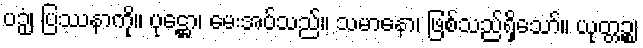
ပဉှံ၊ ပြဿနာကို။ ပုဋ္ဌော၊ မေးအပ်သည်။ သမာနော၊ ဖြစ်သည်ရှိသော်။ ယုတ္တဉ္စ၊